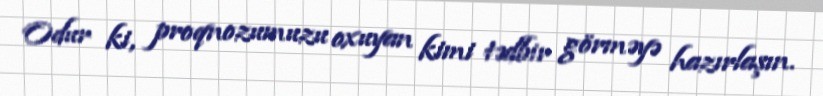
Odur ki, proqnozumuzu oxuyan kimi tədbir görməyə hazırlaşın.